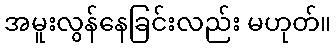
အမူးလွန်နေခြင်းလည်း မဟုတ်။